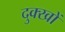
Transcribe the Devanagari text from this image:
दुक्खों